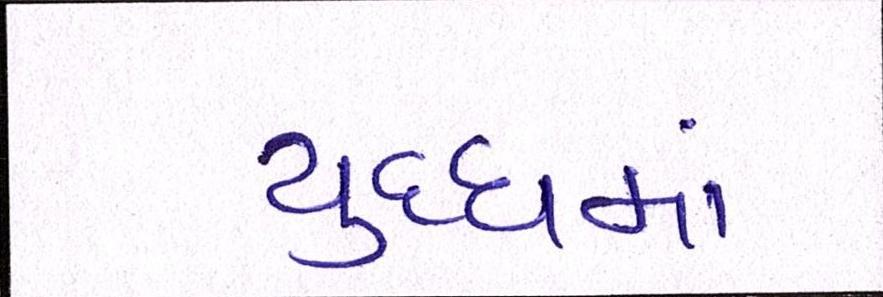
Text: યુધ્ધમાં